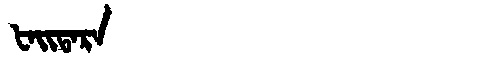
Manchu: ᡶᠠᡳᡨᠠᡵᠠ
Romanization: FAITARA